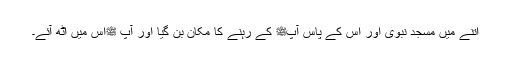
اتنے میں مسجد نبوی اور اس کے پاس آپﷺ کے رہنے کا مکان بن گیا اور آپ ﷺاس میں اٹھ آئے۔